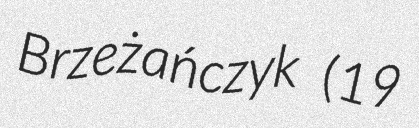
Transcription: Brzeżańczyk (19